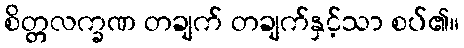
စိတ္တလက္ခဏ တချက် တချက်နှင့်သာ စပ်၏။